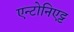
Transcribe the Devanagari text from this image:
एन्टोनिएट्ट